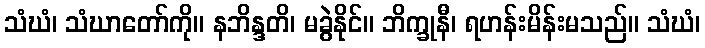
သံဃံ၊ သံဃာတော်ကို။ နဘိန္ဒတိ၊ မခွဲနိုင်။ ဘိက္ခုနီ၊ ရဟန်းမိန်းမသည်။ သံဃံ၊